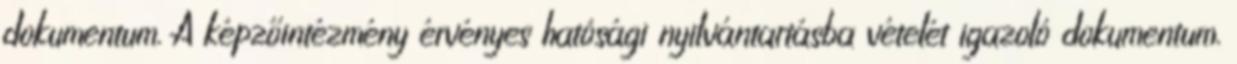
dokumentum. A képzőintézmény érvényes hatósági nyilvántartásba vételét igazoló dokumentum.